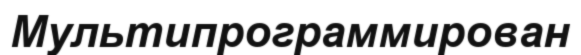
Мультипрограммирован